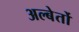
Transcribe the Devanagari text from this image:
अल्बेर्तो